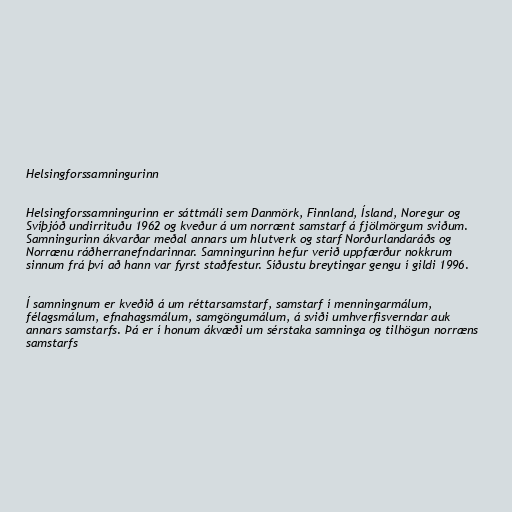
Helsingforssamningurinn

Helsingforssamningurinn er sáttmáli sem Danmörk, Finnland, Ísland, Noregur og
Svíþjóð undirrituðu 1962 og kveður á um norrænt samstarf á fjölmörgum sviðum.
Samningurinn ákvarðar meðal annars um hlutverk og starf Norðurlandaráðs og
Norrænu ráðherranefndarinnar. Samningurinn hefur verið uppfærður nokkrum
sinnum frá því að hann var fyrst staðfestur. Síðustu breytingar gengu í gildi 1996.

Í samningnum er kveðið á um réttarsamstarf, samstarf í menningarmálum,
félagsmálum, efnahagsmálum, samgöngumálum, á sviði umhverfisverndar auk
annars samstarfs. Þá er í honum ákvæði um sérstaka samninga og tilhögun norræns
samstarfs